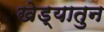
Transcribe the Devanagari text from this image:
खेड्यातुन